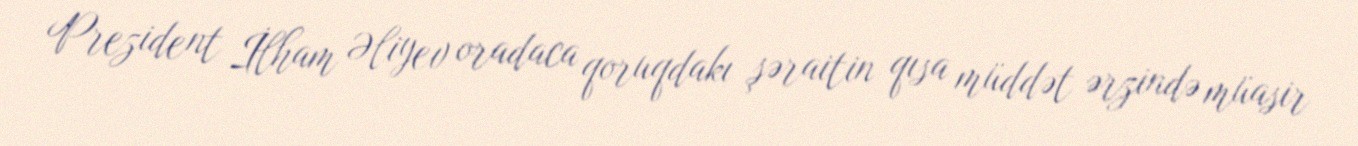
Prezident İlham Əliyev oradaca qoruqdakı şəraitin qısa müddət ərzində müasir